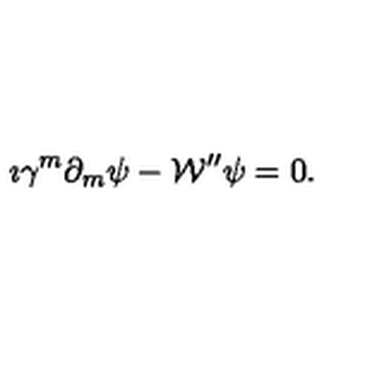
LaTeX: \imath \gamma ^ { m } \partial _ { m } \psi - { \cal W } ^ { \prime \prime } \psi = 0 .